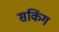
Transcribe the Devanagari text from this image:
सकिंग